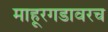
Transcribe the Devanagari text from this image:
माहूरगडावरच